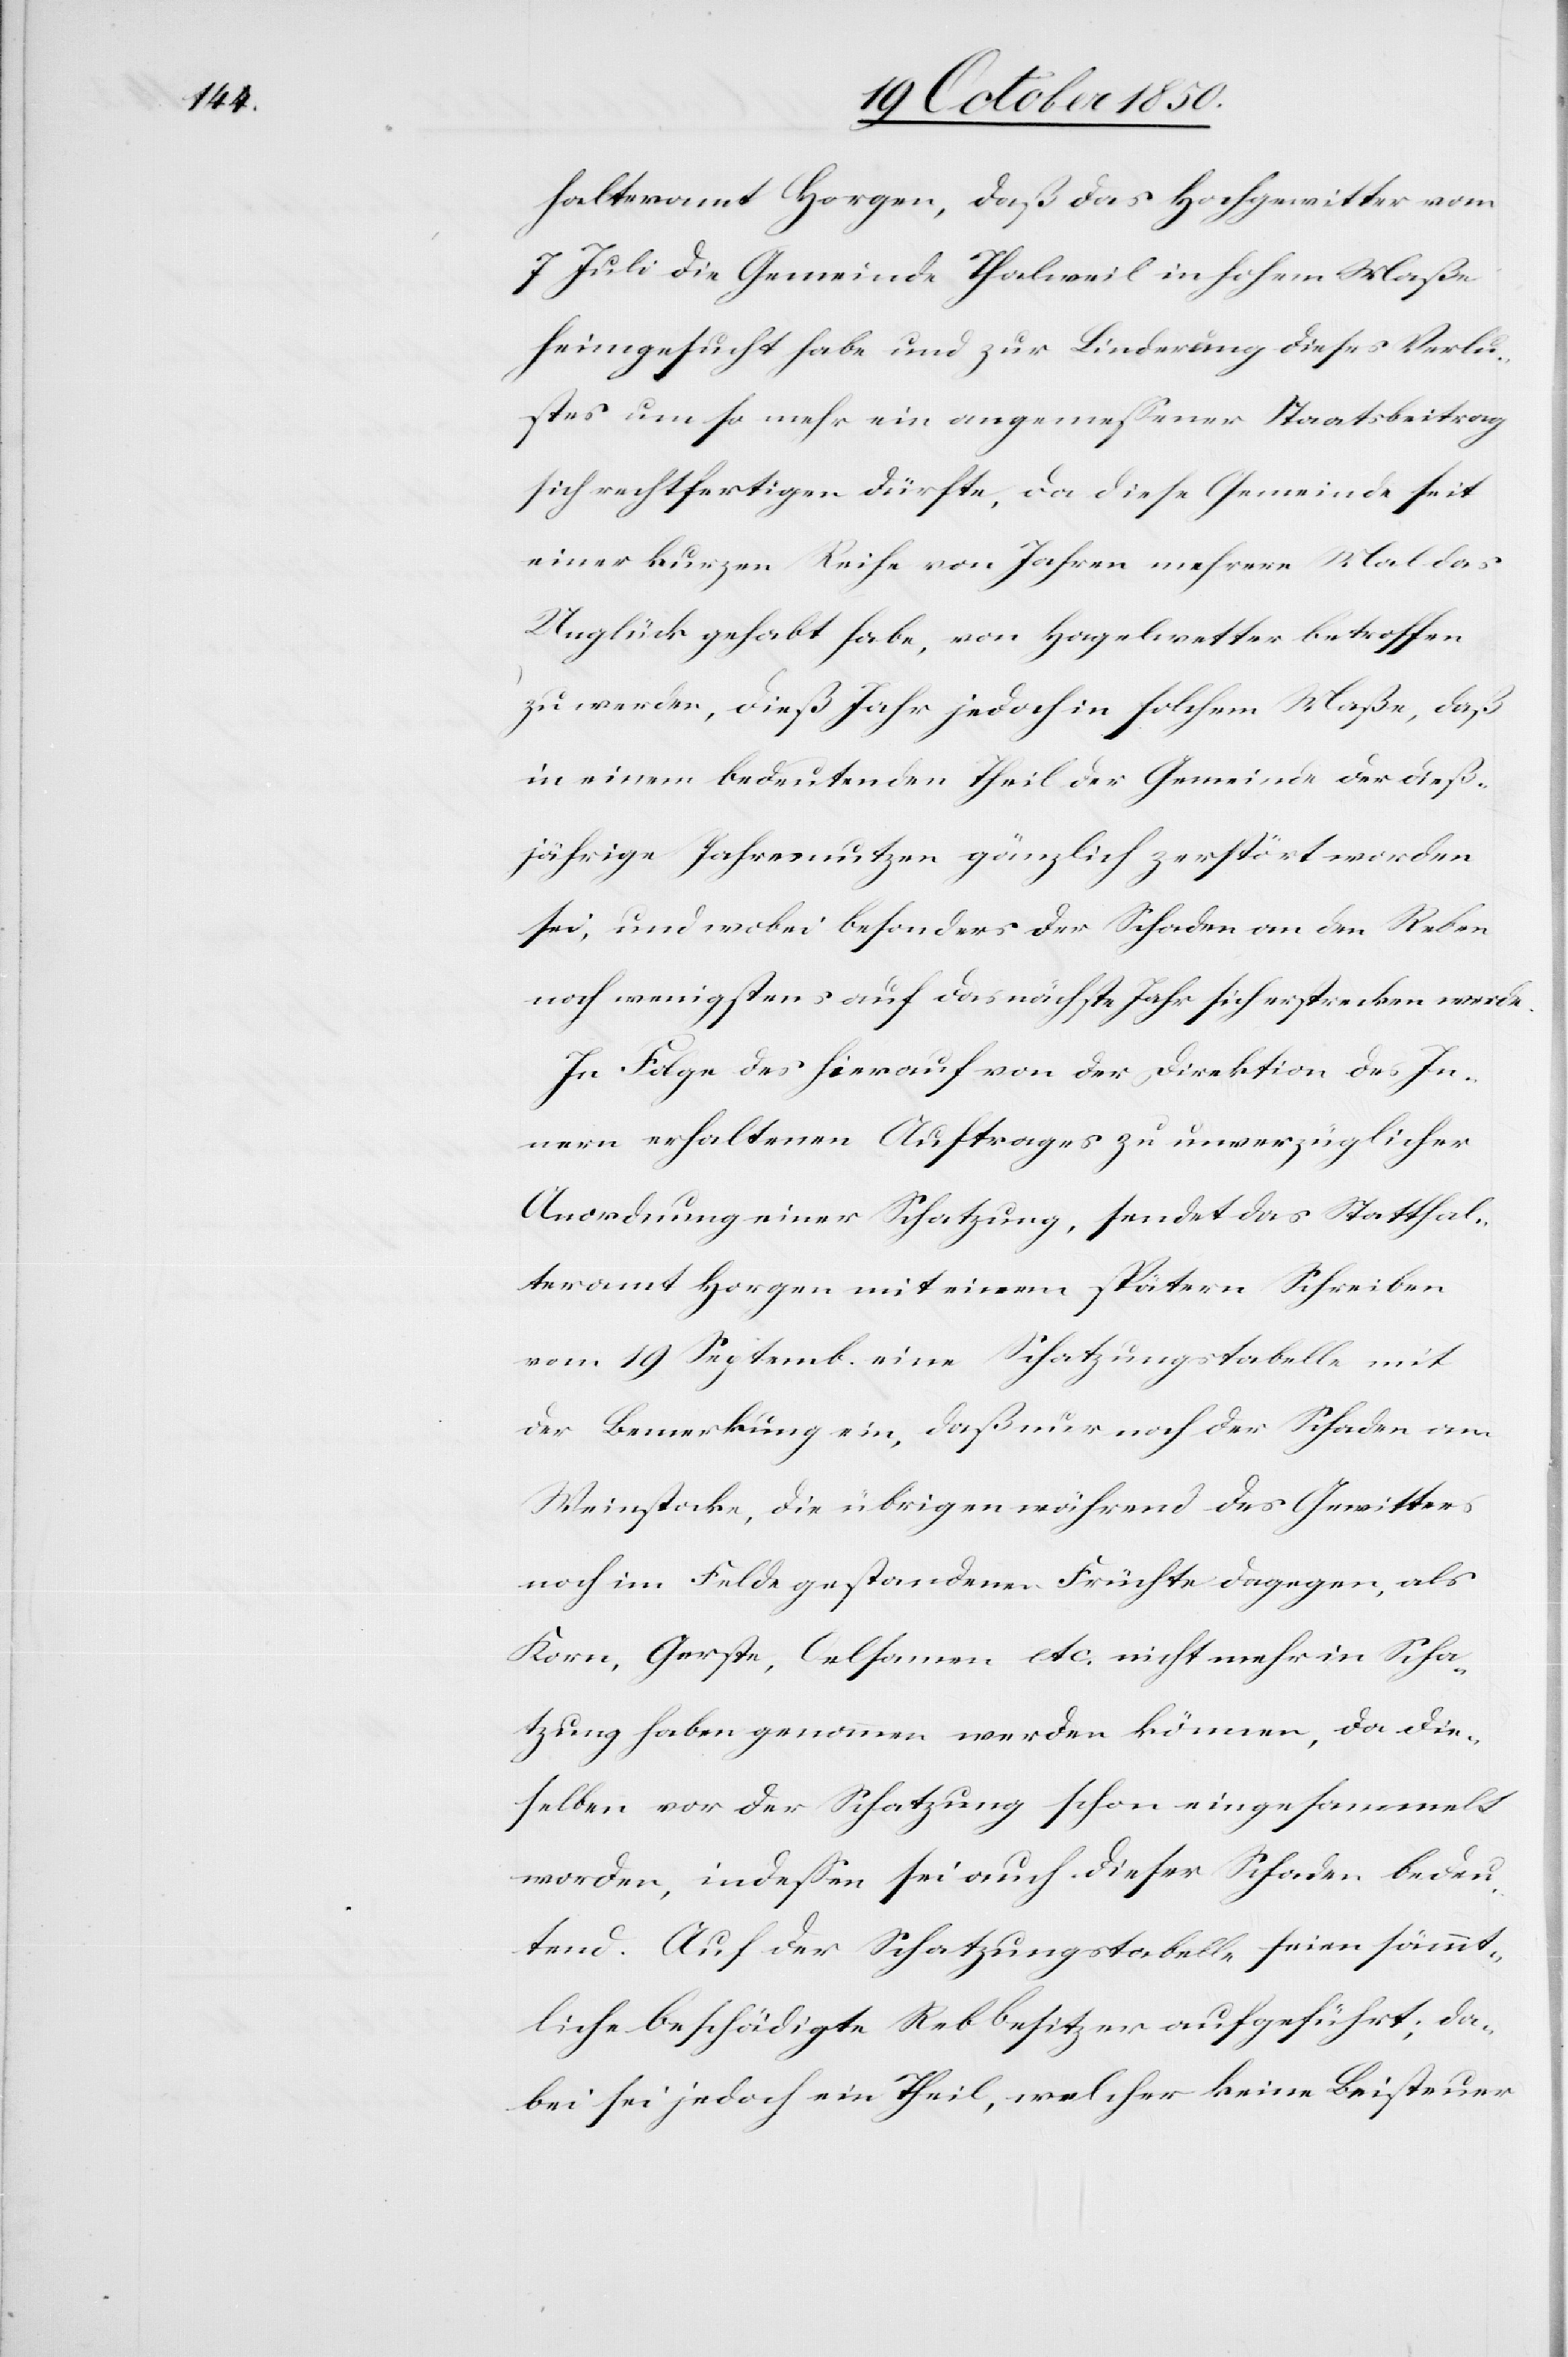
halteramt Horgen, daß das Hochgewitter vom
7 Juli die Gemeinde Thalweil in hohem Maße
heimgesucht habe und zur Linderung dieses Verlu¬
stes um so mehr ein angemessener Staatsbeitrag
sich rechtfertigen dürfte, da diese Gemeinde seit
einer kurzen Reihe von Jahren mehrere Mal das
Unglück gehabt habe, von Hagelwetter betroffen
zu werden, dieß Jahr jedoch in solchem Maße, daß
in einem bedeutenden Theil der Gemeinde der dieß¬
jährige Jahresnutzen gänzlich zerstört worden
sei, und wobei besonders der Schaden an den Reben
noch wenigstens auf das nächste Jahr sich erstrecken werde.
In Folge des hierauf von der Direktion des In¬
nern erhaltenen Auftrages zu unverzüglicher
Anordnung einer Schatzung, sendet das Statthal¬
teramt Horgen mit einem spätern Schreiben
vom 19 Septemb. eine Schatzungstabelle mit
der Bemerkung ein, daß nur noch der Schaden am
Weinstocke, die übrigen während des Gewitters
noch im Felde gestandenen Früchte dagegen, als
Korn, Gerste, Oelsamen etc. nicht mehr in Scha¬
tzung haben genommen werden können, da die¬
selben vor der Schatzung schon eingesammelt
worden, indessen sei auch dieser Schaden bedeu¬
tend. Auf der Schatzungstabelle seien sämmt¬
liche beschädigte Rebbesitzer aufgeführt; da¬
bei sei jedoch ein Theil, welcher keine Beisteuer